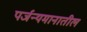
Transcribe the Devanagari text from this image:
पर्जन्यमानातील